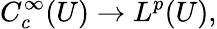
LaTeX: C_{c}^{\infty}(U)\to L^{p}(U),